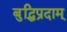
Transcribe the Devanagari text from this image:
बुद्धिप्रदाम्